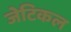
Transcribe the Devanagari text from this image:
जेटिकल